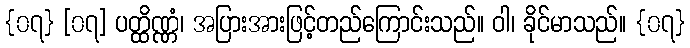
{၀၇} [၀၇] ပတ္ထိဏ္ဏံ၊ အပြားအားဖြင့်တည်ကြောင်းသည်။ ဝါ၊ ခိုင်မာသည်။ {၀၇}